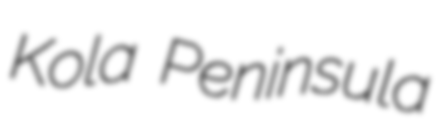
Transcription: Kola Peninsula